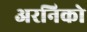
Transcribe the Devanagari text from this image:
अरनिको